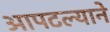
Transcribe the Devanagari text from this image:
आपटल्याने